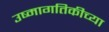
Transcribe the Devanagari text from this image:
उष्मागतिकीच्या